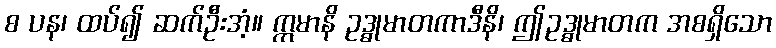
စ ပန၊ ထပ်၍ ဆက်ဦးအံ့။ ဣမာနိ ဥဒ္ဓုမာတကာဒီနိ၊ ဤဥဒ္ဓုမာတက အစရှိသော